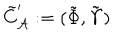
\tilde { C } _ { \cal A } ^ { \prime } : = ( \tilde { \Phi } , \tilde { \Upsilon } )